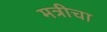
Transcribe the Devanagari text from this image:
मत्रीचा